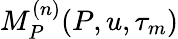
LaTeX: M_{P}^{(n)}(P,u,\tau_{m})